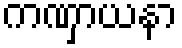
ကဏှာယနာ